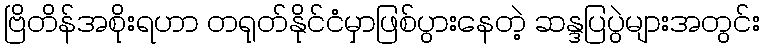
ဗြိတိန်အစိုးရဟာ တရုတ်နိုင်ငံမှာဖြစ်ပွားနေတဲ့ ဆန္ဒပြပွဲများအတွင်း